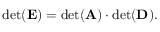
\begin{array} { r } { \mathrm { d e t } ( \mathbf { E } ) = \mathrm { d e t } ( \mathbf { A } ) \cdot \mathrm { d e t } ( \mathbf { D } ) . } \end{array}